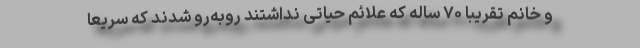
و خانم تقریباً ۷۰ ساله که علائم حیاتی نداشتند روبه‌رو شدند که سریعاً